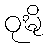
ဝုဍ္ဎိ